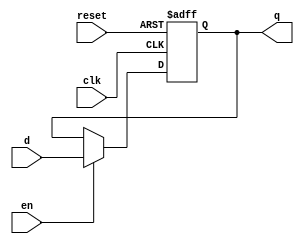
module ffd(input clk, input reset, input en, input d, output reg q);

  always @ (posedge clk, posedge reset)
  if (reset) q <= 1'b0;
  else if (en) q <= d;

endmodule

module fft(input clk, en, reset, output q);

  wire w;
  assign w = ~q;

  ffd a(clk, reset, en, w, q);

endmodule